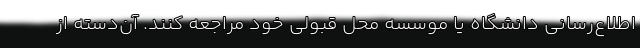
اطلاع‌رسانی دانشگاه یا موسسه محل قبولی خود مراجعه کنند. آن‌دسته از